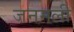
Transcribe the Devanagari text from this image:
जनमली